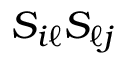
{ \cal { S } } _ { i \ell } { \cal { S } } _ { \ell j }